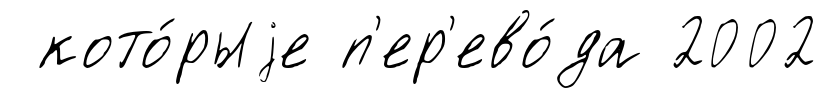
кото́рыjе п'ер'ево́да 2002